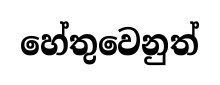
හේතුවෙනුත්